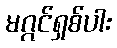
မဂ္ဂင်ရှစ်ပါး